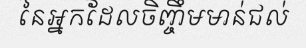
នៃអ្នកដែលចិញ្ចឹមមាន់ជល់